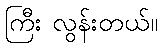
ကြီး လွန်းတယ်။